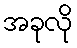
အခုလို